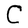
Character: C